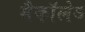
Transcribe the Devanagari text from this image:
मैकाॅलेऽ